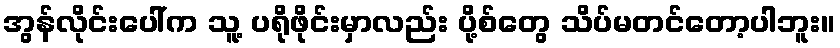
အွန်လိုင်းပေါ်က သူ့ ပရိုဖိုင်းမှာလည်း ပို့စ်တွေ သိပ်မတင်တော့ပါဘူး။